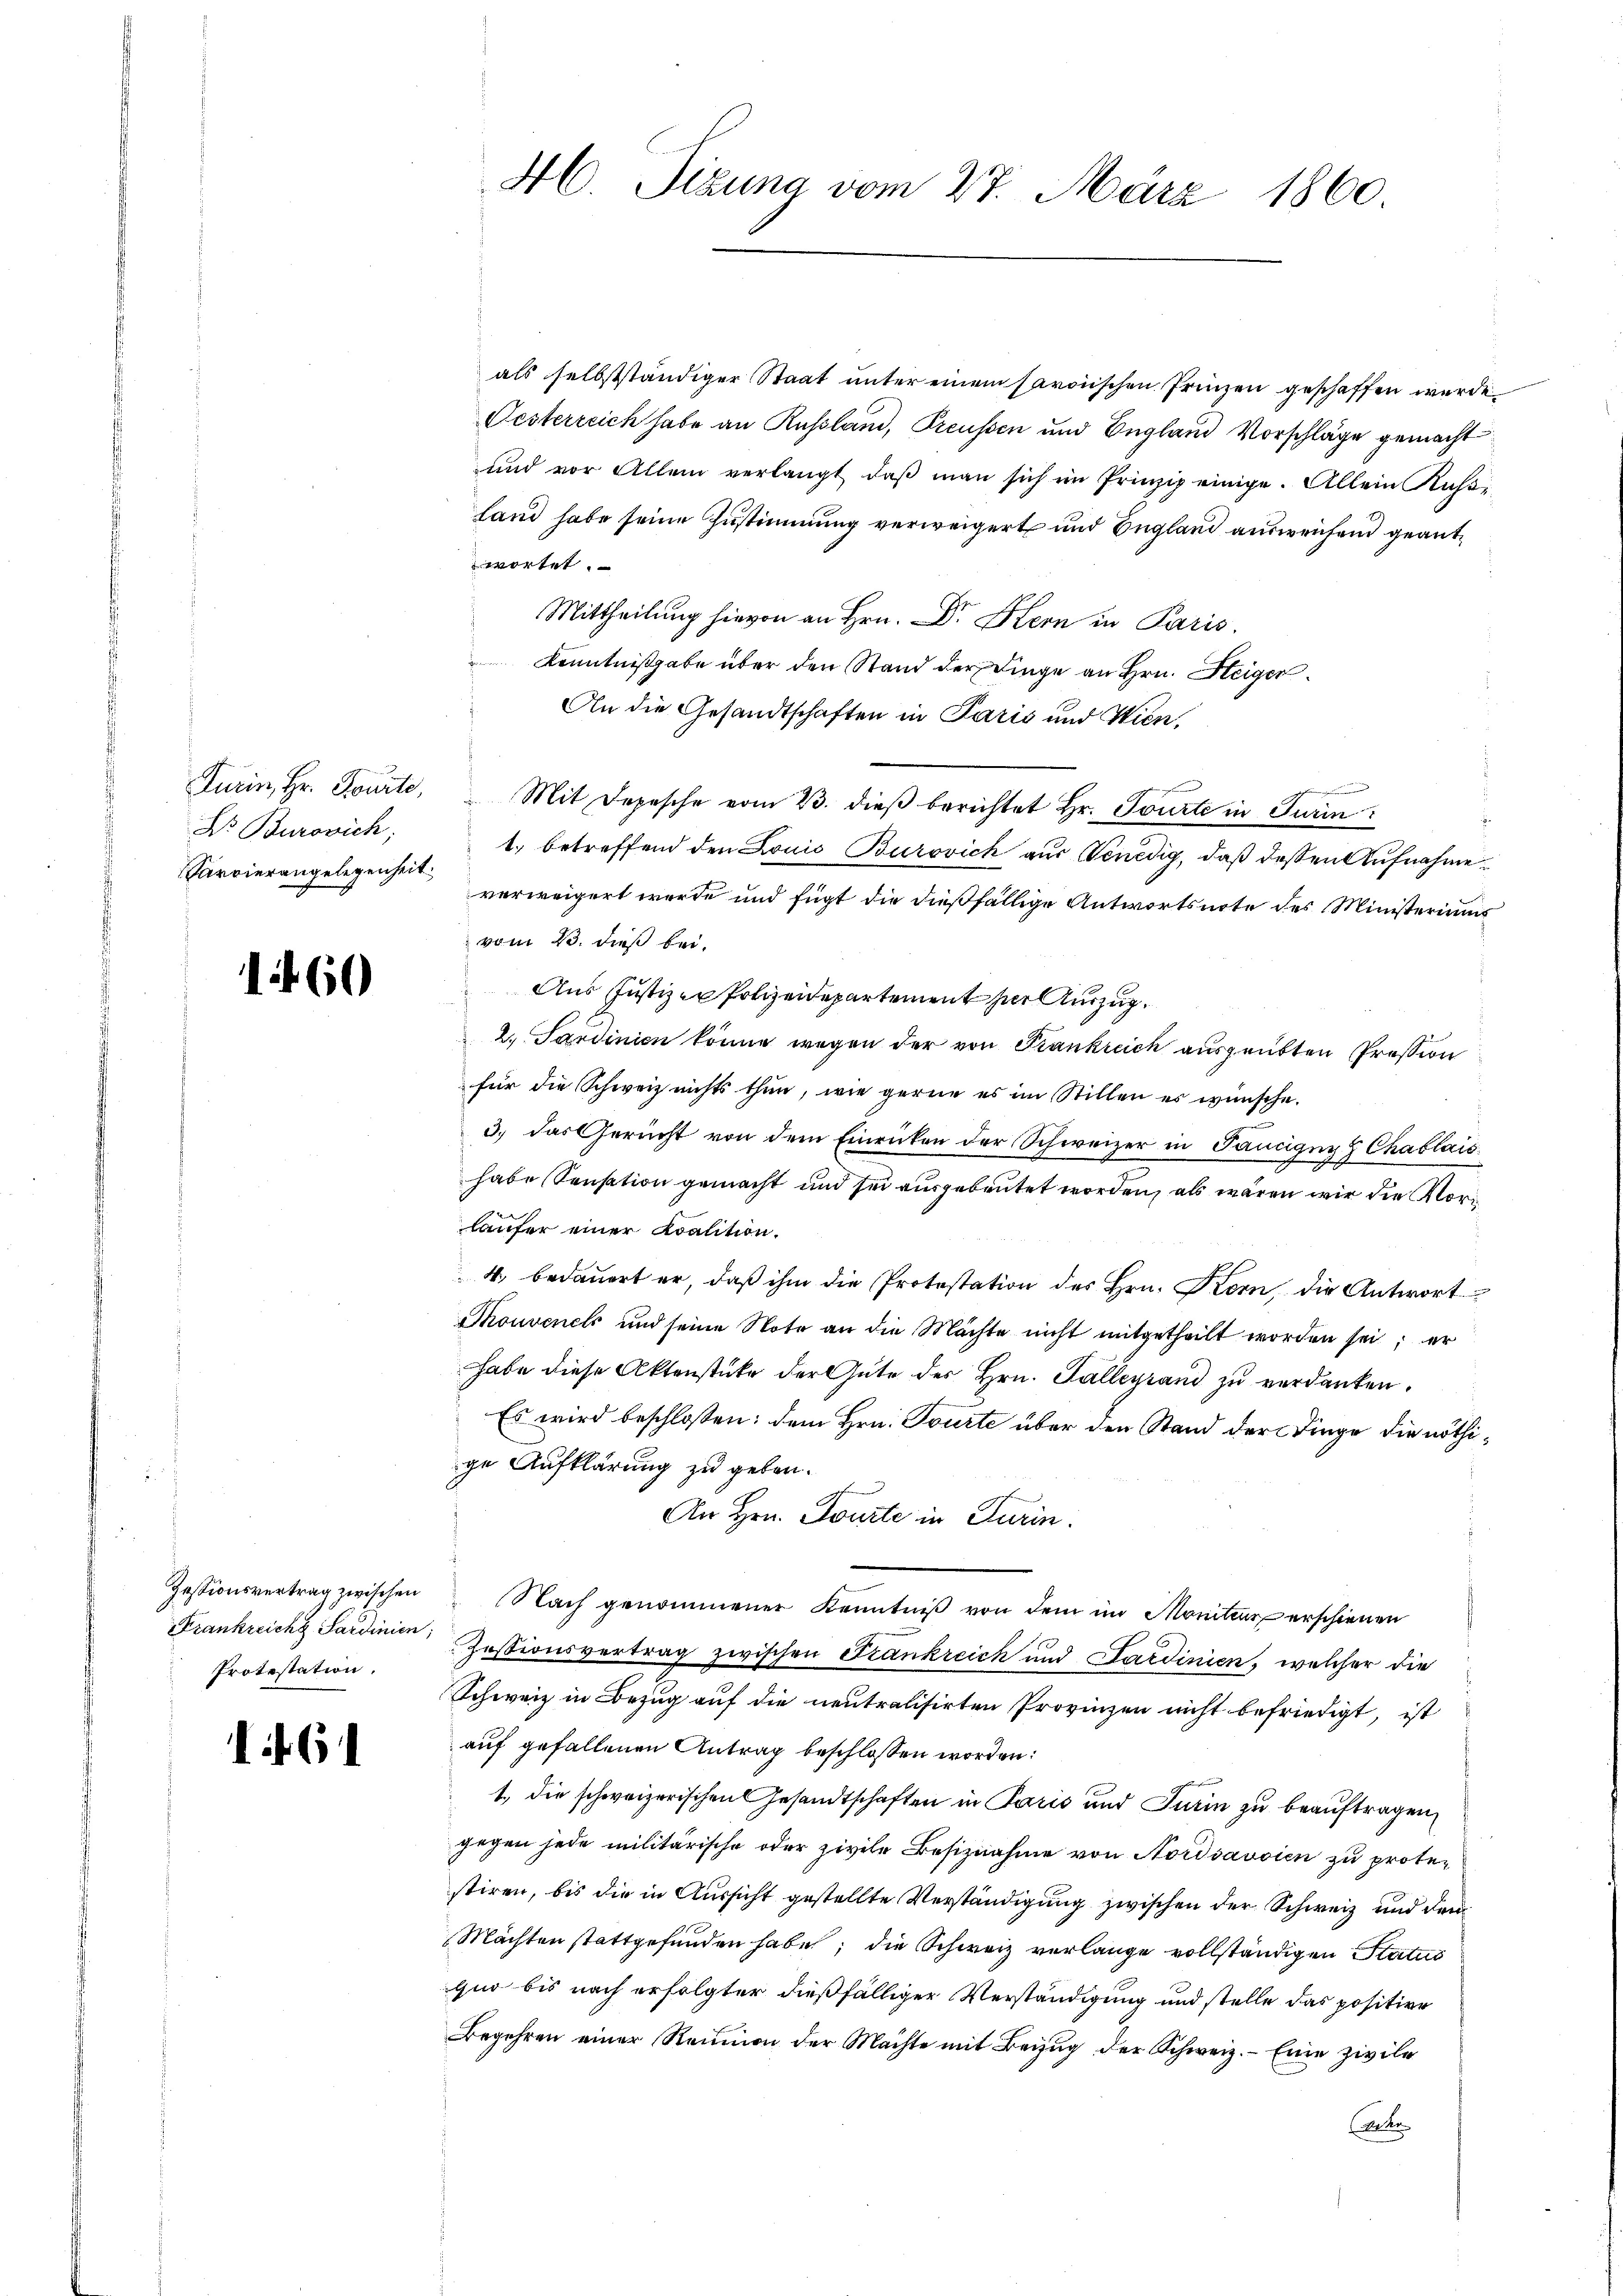
Turin, Hr. Pourte,
Dr. Burovich,
Parvierangelegenheit.

.

.

60)

6

Zestionsvertrag zwischen
Protestation.

als selbstständiger Staat unter einem saroischen Frienzen geschaffen wurde.
Oesterreich habe an Russland, Preussen und England Vorschläge gemacht
und vor Allem verlangt daβ man sich im Prinzip einige. Allein Kaβ-
land habe seine Zustimmung verweigert und England ausweichend geantwortet.
Mittheilung hievon an Hrn. Dr. Hern in Paris
Kenntnißgabe über den Stand der Dinge an Hrn. Steiger
An die Gesandtschaften in Paris und Wien,
Mit Depesche vom 23. dieβ berichtet Hr. Tourte in Turin
1. betreffend den Louis Burovich aus Venedig, daß dessen Aufnahmeverweigert werde und fügt die dießfällige Antwortsnote des Ministeriums
vom 23. dieß bei.
Aus Justiz- Polizeidepartement zur Auszug.
2. Sardinien könne wegen der von Frankreich ausgeübten Pression
für die Schweiz nichts thun, wie gerne es im Stillen es wünsche.
10
3.) Das Gericht von dem Einrücken der Schweizer in Pancigny & Chablais
habe Sensation gemacht und sei ausgebeutet worden, als wären wir die Vorläufer einer Koalition.
4. bedauert er, daβ ihm die Protestation des Hrn. Korn, die Antwort
Touvenels und seine Note an die Mächte nicht mitgetheilt worden sei; er
habe diese Aktenstücke der Güte des Hrn. Falleyrand zu verdanken.
Es wird beschloßen: dem Hrn. Tourte über den Stand der Dinge die nöthige Aufklärung zu geben.
An Hrn. Tourte in Turin
Nach genommener Kenntniß von dem im Moniter erschienen
Krankreich darina Zessionsvertrag zwischen Frankreich und Sardinien, welcher die
Schweiz in Bezug auf die neutralisirten Provinzen nicht befriedigt, ist
auf gefallenen Antrag beschlossen worden:
t, die schweizerischen Gesandtschaften in Paris und Turin zu beauftragen,
gegen jede militärische oder zivile Besiznahme von Nordsavsien zu protestiren, bis die in Aussicht gestellte Verständigung zwischen der Schweiz und dem
Mächten stattgefunden habe; die Schweiz verlange vollständigen Status
quo bis nach erfolgter dießfälliger Verständigung und stelle das positive
Begehren einer Reunion der Machte mit Beizŭg der Schweiz. Eine zivile
Vater

46. Sizung vom 27. März 1860.